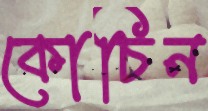
কোচিন